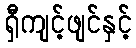
ရှီကျင့်ဖျင်နှင့်